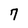
Character: 7